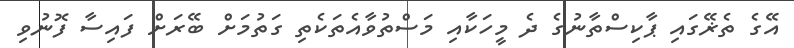
އޭގެ ތެޜޭގައި ޕާކިސްތާނުގެ ދެ މީހަކާއި މަސްތުވާއެތަކެތި ގަތުމަށް ބޭރަށް ފައިސާ ފޮނުވި